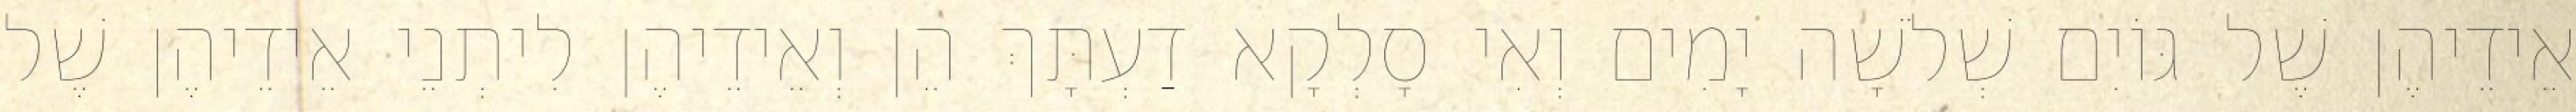
אֵידֵיהֶן שֶׁל גּוֹיִם שְׁלֹשָׁה יָמִים וְאִי סָלְקָא דַעְתָּךְ הֵן וְאֵידֵיהֶן לִיתְנֵי אֵידֵיהֶן שֶׁל